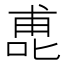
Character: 喸